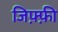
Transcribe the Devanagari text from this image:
जिफ़्फ़ी